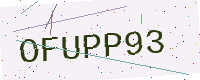
Text: OFUPP93